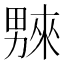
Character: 𤳆